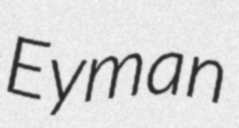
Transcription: Eyman